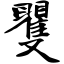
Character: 矍